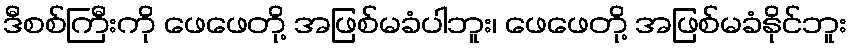
ဒီစစ်ကြီးကို ဖေဖေတို့ အဖြစ်မခံပါဘူး၊ ဖေဖေတို့ အဖြစ်မခံနိုင်ဘူး